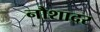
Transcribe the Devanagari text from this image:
नौशादर